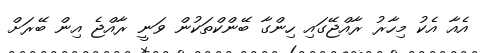
އެއާ އެކު މިހާރު ރާއްޖޭގައި ހިންގާ ބޭންކްތަކުން ވަނީ ރާއްޖެ އިން ބޭރަށް